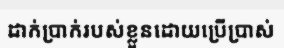
ដាក់ប្រាក់របស់ខ្លួនដោយប្រើប្រាស់